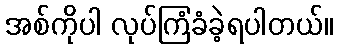
အစ်ကိုပါ လုပ်ကြံခံခဲ့ရပါတယ်။